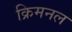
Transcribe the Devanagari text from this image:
क्रिमनल